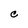
Character: C